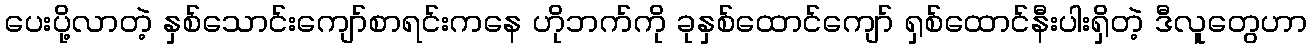
ပေးပို့လာတဲ့ နှစ်သောင်းကျော်စာရင်းကနေ ဟိုဘက်ကို ခုနှစ်ထောင်ကျော် ရှစ်ထောင်နီးပါးရှိတဲ့ ဒီလူတွေဟာ